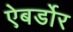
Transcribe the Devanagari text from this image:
ऐबर्डोर